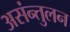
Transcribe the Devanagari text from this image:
असंन्तुलन